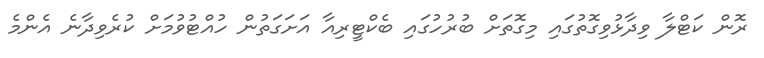
ރޮން ކަޓްލާ ވިދާޅުވިގޮތުގައި މިގޮތަށް ބުރުހުގައި ބެކްޓީރިއާ އަށަގަތުން ހުއްޓުވުމަށް ކުރެވިދާނެ އެންމެ